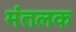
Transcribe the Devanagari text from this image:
मंतलक